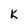
Character: K